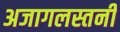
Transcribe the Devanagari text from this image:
अजागलस्तनी